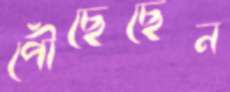
পৌঁছেছেন